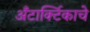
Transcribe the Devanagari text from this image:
अँटार्क्टिकाचे